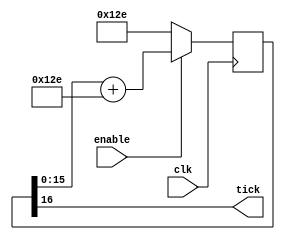
/*
 * uart_baud_tick_gen.v
 * 2017/02/01 - Felipe Veas <felipe.veasv at usm.cl>
 *
 * Baud clock generator for UART, original code from:
 * http://fpga4fun.com/SerialInterface.html
 */

`timescale 1ns / 1ps

module uart_baud_tick_gen
#(
	parameter CLK_FREQUENCY = 25000000,
	parameter BAUD_RATE = 115200,
	parameter OVERSAMPLING = 1
)(
	input clk,
	input enable,
	output tick
);

	function integer clog2;
		input integer value;
		begin
			value = value - 1;
			for (clog2 = 0; value > 0; clog2 = clog2 + 1)
				value = value >> 1;
		end
	endfunction

	localparam ACC_WIDTH = clog2(CLK_FREQUENCY / BAUD_RATE) + 8;
	localparam SHIFT_LIMITER = clog2(BAUD_RATE * OVERSAMPLING >> (31 - ACC_WIDTH));
	localparam INCREMENT =
			((BAUD_RATE * OVERSAMPLING << (ACC_WIDTH - SHIFT_LIMITER)) +
			(CLK_FREQUENCY >> (SHIFT_LIMITER + 1))) / (CLK_FREQUENCY >> SHIFT_LIMITER);

	(* keep = "true" *)
	reg [ACC_WIDTH:0] acc = 0;

	always @(posedge clk)
		if (enable)
			acc <= acc[ACC_WIDTH-1:0] + INCREMENT[ACC_WIDTH:0];
		else
			acc <= INCREMENT[ACC_WIDTH:0];

	assign tick = acc[ACC_WIDTH];

endmodule